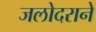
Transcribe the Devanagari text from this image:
जलोदराने